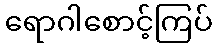
ရောဂါစောင့်ကြပ်